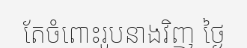
តែចំពោះរូបនាងវិញ ថ្ងៃ